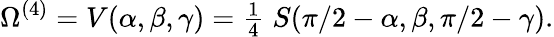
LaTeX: \Omega^{(4)}=V(\alpha,\beta,\gamma)={\textstyle{\frac{1}{4}}}\; S(\pi/2-\alpha,\beta,\pi/2-\gamma).